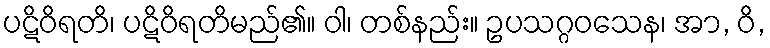
ပဋိဝိရတိ၊ ပဋိဝိရတိမည်၏။ ဝါ၊ တစ်နည်း။ ဥပသဂ္ဂဝသေန၊ အာ, ဝိ,